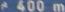
e400m